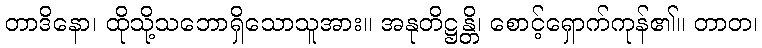
တာဒိနော၊ ထိုသို့သဘောရှိသောသူအား။ အနုတိဋ္ဌန္တိ၊ စောင့်ရှောက်ကုန်၏။ တာတ၊